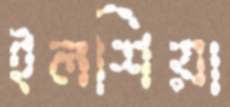
ইলশিয়া